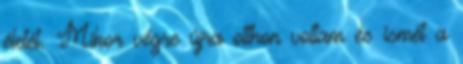
életét. Mikor végre újra otthon voltam és ismét a